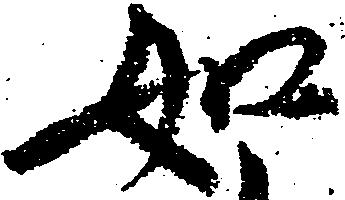
如